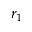
r _ { 1 }